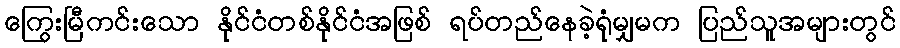
ကြွေးမြီကင်းသော နိုင်ငံတစ်နိုင်ငံအဖြစ် ရပ်တည်နေခဲ့ရုံမျှမက ပြည်သူအများတွင်